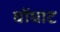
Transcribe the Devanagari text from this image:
घोंघाट